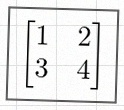
\begin{bmatrix}1&2\\3&4\end{bmatrix}